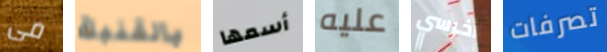
مى بالقنبلة أسمها عليه أخرسي تصرفات